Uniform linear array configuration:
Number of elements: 16
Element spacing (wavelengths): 0.75
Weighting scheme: binomial
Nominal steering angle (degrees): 60
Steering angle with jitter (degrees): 58.427
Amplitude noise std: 0.05
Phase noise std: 0.05

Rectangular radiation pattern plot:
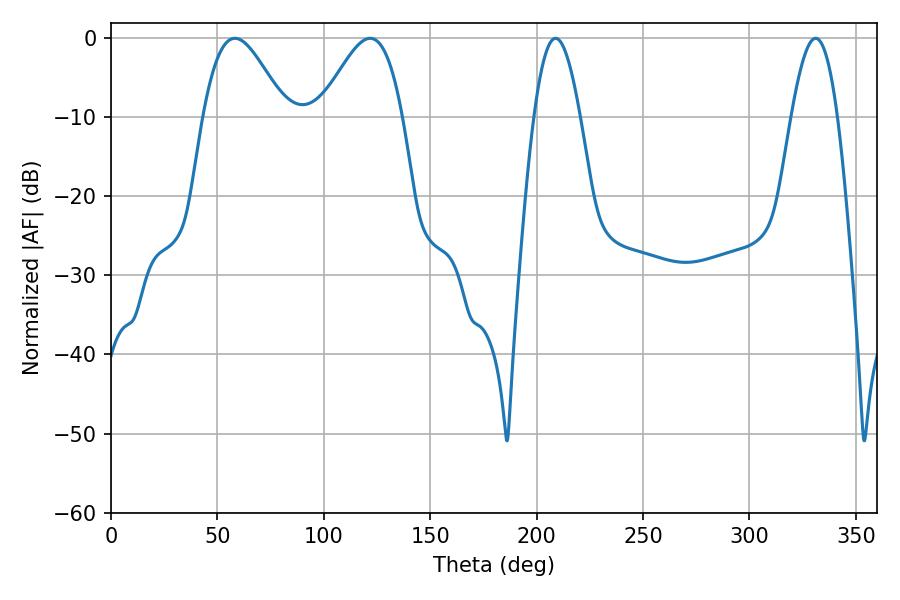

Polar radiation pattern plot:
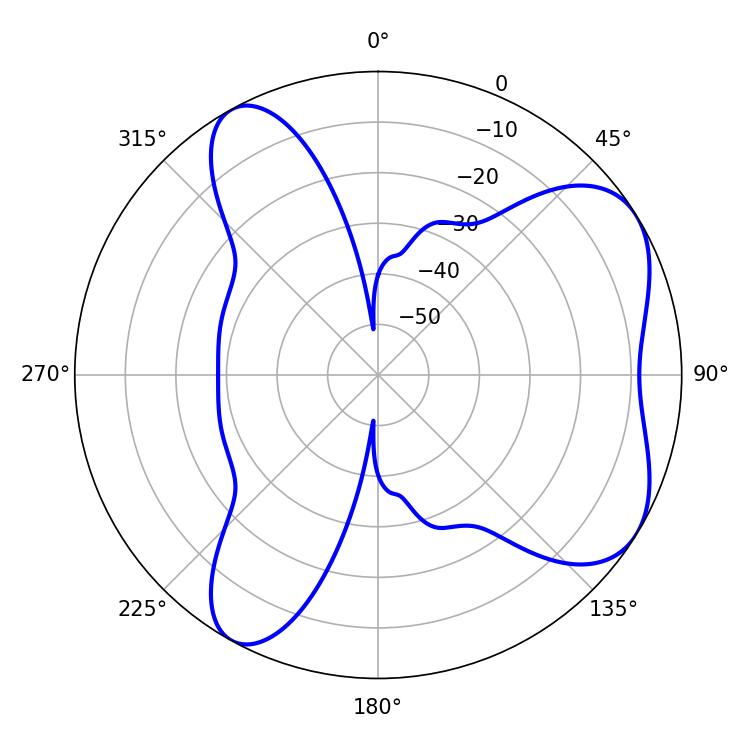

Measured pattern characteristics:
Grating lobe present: TRUE
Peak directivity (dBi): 6.056
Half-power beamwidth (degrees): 20.52
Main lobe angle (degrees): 58.14